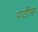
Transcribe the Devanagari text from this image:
पाठीबा